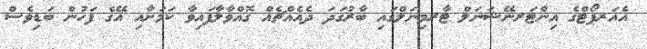
އެއަރޕޯޓްގެ އިންޓަރނޭޝަނަލް ޓާރމިނަލްގައި ބާރުގަދަ ދެއެއްޗެއް ގޮއްވާލާފައިވާ ކަމަށާއި އޭގެ ފަހުން ބަޑިވެސް